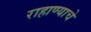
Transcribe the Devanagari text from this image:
राहाण्याचे